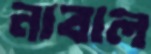
নাবাল